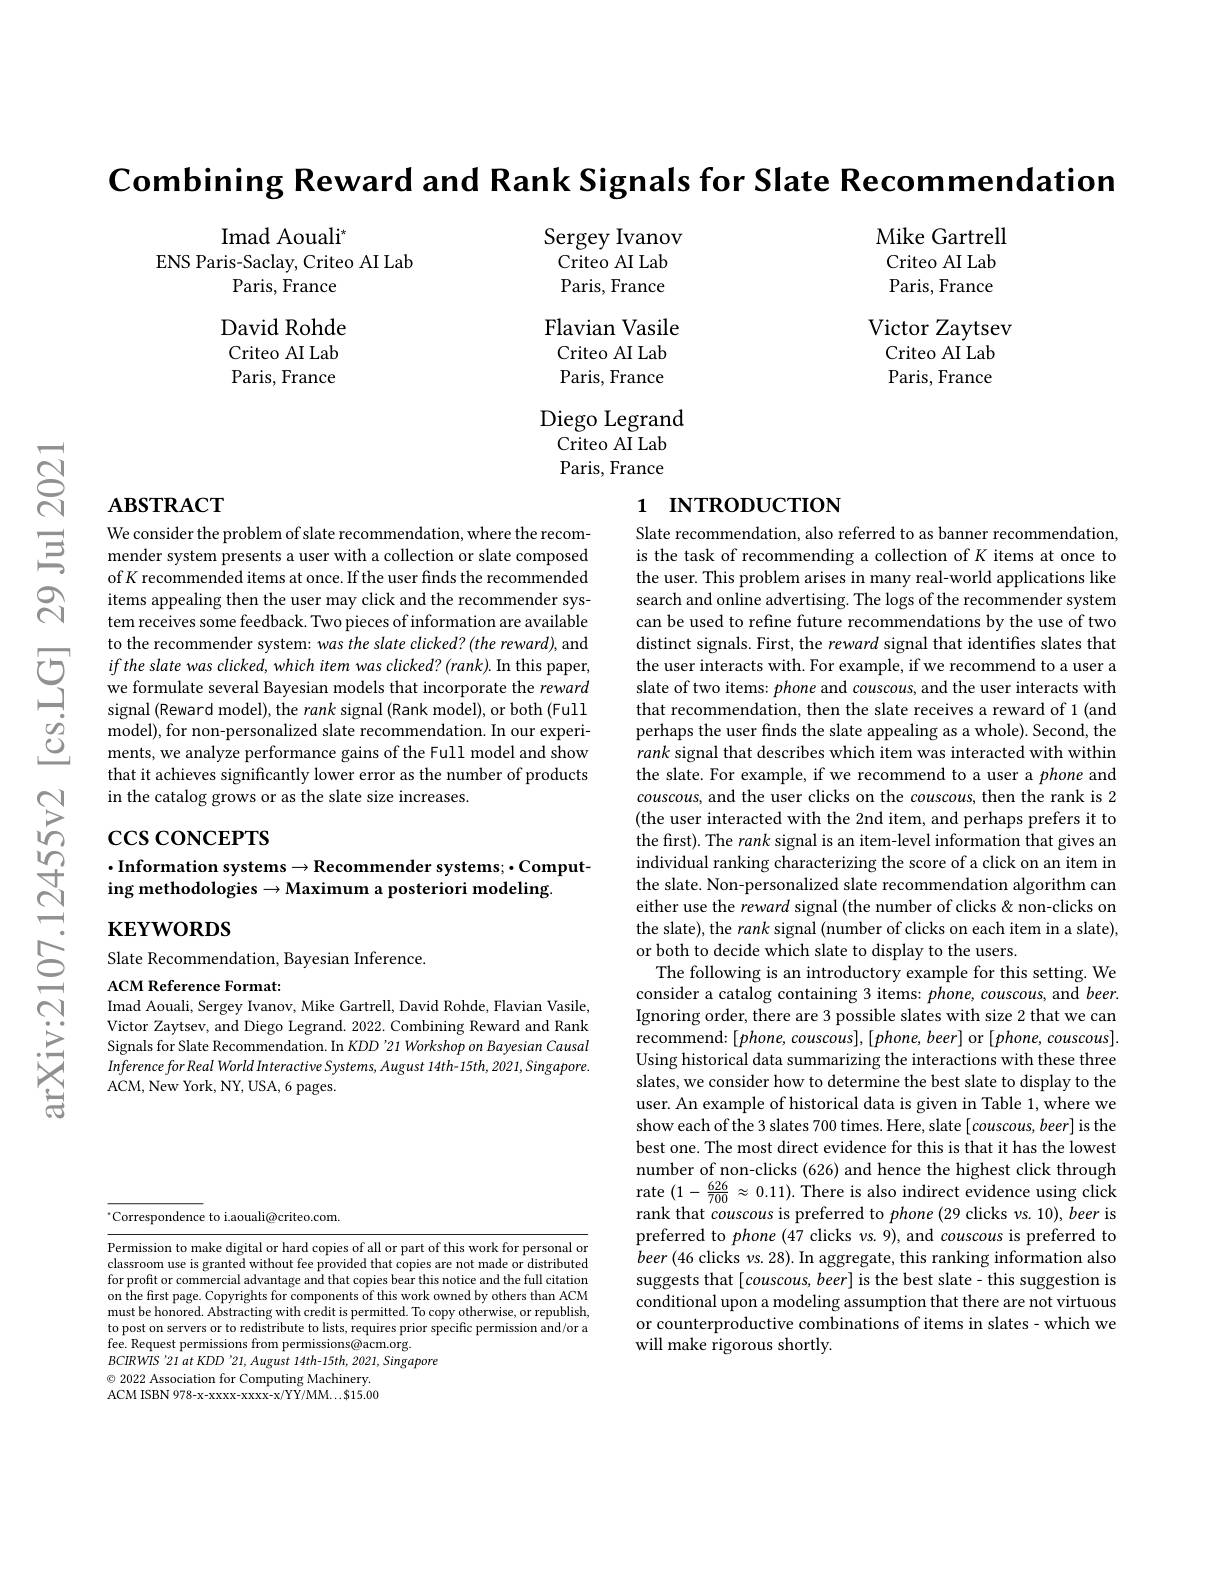
$\textbf{Combining Reward and Rank Signals for Slate Recommendation}$

Mike Gartrell

Imad Aouali$^*$
ENS Paris-Saclay, Criteo AI Lab
Paris, France

Criteo AI Lab

Paris, France

DavidRohde Criteo AI Lab Paris, France

Sergey Ivanov Criteo AI Lab Paris, France Flavian Vasile Criteo AI Lab Paris, France
Diego Legrand
Criteo AI Lab Paris, France

Victor Zaytsev
Criteo AI Lab Paris, France

# $\mathbf{ABSTRACT}$

# 1 INTRODUCTION

We consider the problem of slate recommendation, where the recommender system presents a user with a collection or slate composed of K recommended items at once. If the user finds the recommended items appealing then the user may click and the recommender system receives some feedback. Two pieces of information are available to the recommender system: was the slate clicked? (the reward), and if the slate was clicked, which item was clicked? (rank). In this paper, we formulate several Bayesian models that incorporate the reward signal (Reward model), the rank signal (Rank model), or both (Full model), for non-personalized slate recommendation. In our experiments, we analyze performance gains of the Full model and show that it achieves significantly lower error as the number of products in the catalog grows or as the slate size increases.

$\csc\csc$coNCEPTS

## $\cdot$Information systems$\to$Recommender systems;$\cdot$Computing methodologies$\to$Maximum a posteriori modeling.

$\mathbf{KEYWORDS}$

Slate recommendation, also referred to as banner recommendation, is the task of recommending a collection of K items at once to the user. This problem arises in many real-world applications like search and online advertising. The logs of the recommender system can be used to refine future recommendations by the use of two distinct signals. First, the reward signal that identifies slates that the user interacts with. For example, if we recommend to a user a slate of two items: phone and couscous, and the user interacts with that recommendation, then the slate receives a reward of 1 (and perhaps the user finds the slate appealing as a whole). Second, the rank signal that describes which item was interacted with within the slate. For example, if we recommend to a user a phone and couscous, and the user clicks on the couscous, then the rank is 2 (the user interacted with the 2nd item, and perhaps prefers it to the first). The rank signal is an item-level information that gives an individual ranking characterizing the score of a click on an item in the slate. Non-personalized slate recommendation algorithm can either use the reward signal (the number of clicks & non-clicks on the slate), the rank signal (number of clicks on each item in a slate), or both to decide which slate to display to the users.
The following is an introductory example for this setting. We consider a catalog containing 3 items: phone, couscous, and beer. Ignoring order, there are 3 possible slates with size 2 that we can recommend:[phone, couscous],[phone, beer] or [phone, couscous]. Using historical data summarizing the interactions with these three slates, we consider how to determine the best slate to display to the user. An example of historical data is given in Table 1, where we show each of the 3 slates 700 times. Here, slate [ couscous, beer] is the best one. The most direct evidence for this is that it has the lowest number of non-clicks (626) and hence the highest click through rate $(1-\frac{626}{700}\approx0.11).$ There is also indirect evidence using click rank that couscous is preferred to phone (29 clicks vs. 10), beer is preferred to $phone(47$ clicks vs.9),and couscous is preferred to $beer\left(46\text{ clicks }v\text{s.28}\right).$In aggregate, this ranking information also suggests that [couscous, beer] is the best slate- this suggestion is conditional upon a modeling assumption that there are not virtuous or counterproductive combinations of items in slates- which we will make rigorous shortly.

Slate Recommendation, Bayesian Inference.

ACM Reference Format:

Imad Aouali, Sergey Ivanov, Mike Gartrell, David Rohde, Flavian Vasile, Victor Zaytsev, and Diego Legrand. 2022. Combining Reward and Rank Signals for Slate Recommendation. In KDD 21 Workshop on Bayesian Causal Inference for Real World Interactive Systems, August 14th-15th, 2021, Singapore. ACM, New York, NY, USA, 6 pages.

$^{*}$Correspondence to i.aouali@criteo.com.

Permission to make digital or hard copies of all or part of this work for personal or classroom use is granted without fee provided that copies are not made or distributed for profit or commercial advantage and that copies bear this notice and the full citation on the first page. Copyrights for components of this work owned by others than ACM must be honored. Abstracting with credit is permitted. To copy otherwise, or republish, to post on servers or to redistribute to lists, requires prior specific permission and/or a fee. Request permissions from permissions@acm.org.
$BCIRWIS‘21atKDD’21,August$ 14th-15th, 2021, Singapore
$\odot$ 2022 Association for Computing Machinery. ACM ISBN 978-x-xxxx-xxxx-x/YY/MM...$15.00